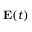
\mathbf { E } ( t )